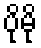
ပိုမို